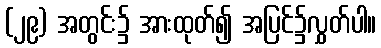
(၂၉) အတွင်း၌ အားထုတ်၍ အပြင်၌လွှတ်ပါ။